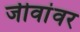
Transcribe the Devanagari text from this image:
जीवांवर